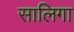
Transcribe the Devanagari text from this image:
सालिगा